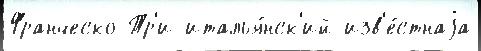
Франческо Тр'и италья́нск'ий изв'е́стнаjа